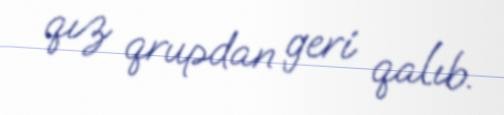
qız qrupdan geri qalıb.